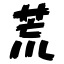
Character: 荒